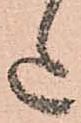
た